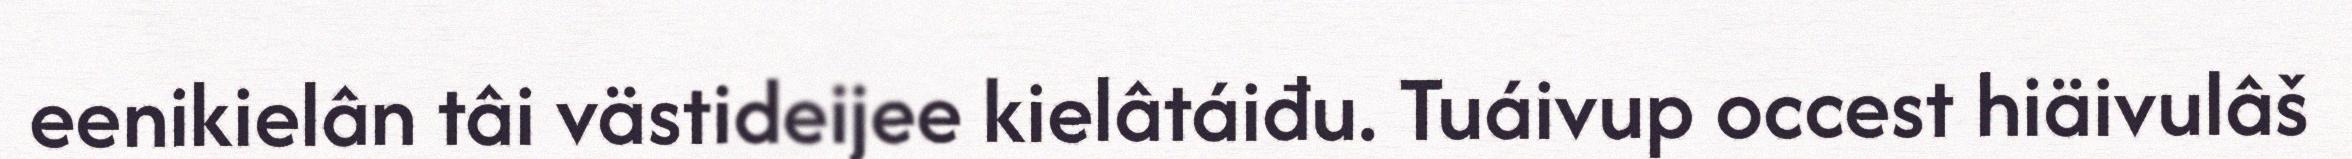
eenikielân tâi västideijee kielâtáiđu. Tuáivup occest hiäivulâš